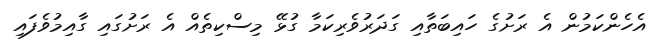
އެހެންކަމުން އެ ރަށުގެ ހައިބަތާއި ގަދަރުވެރިކަމާ ގުޅޭ މިސްކިތެއް އެ ރަށުގައި ގާއިމުވެފައި